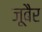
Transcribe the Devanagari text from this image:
जूबैर